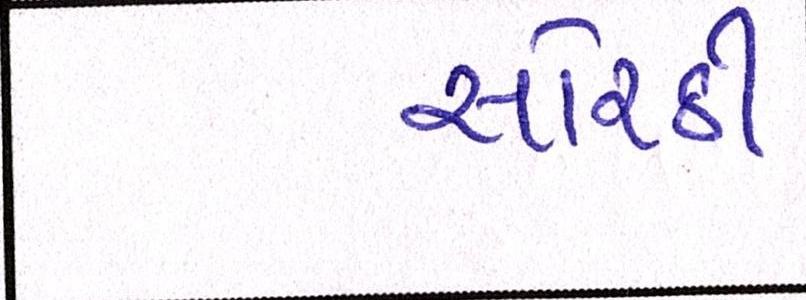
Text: સોરઠી